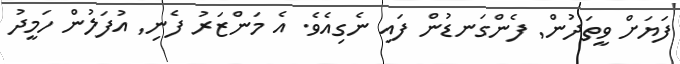
ފަޔަށް ވީތަދުން